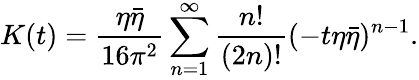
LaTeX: K(t)=\frac{\eta\bar{\eta}}{16\pi^{2}}\sum_{n=1}^{\infty}\frac{n!}{(2n)!}(-t\eta\bar{\eta})^{n-1}.